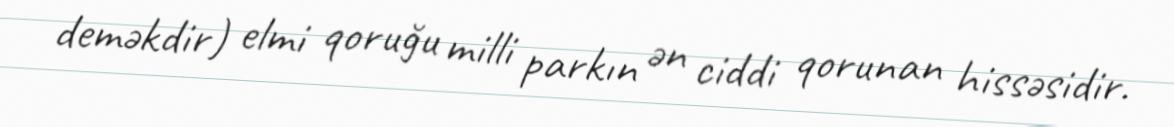
deməkdir) elmi qoruğu milli parkın ən ciddi qorunan hissəsidir.